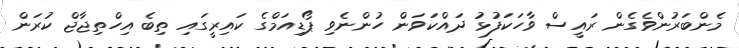
މެންބަރުންވެގެން ރައީސް ވާހަކަފުޅު ދައްކަވަން ހުންނެވި ޕޯޑިއަމްގެ ކައިރީގައި ތިބެ އިހްތިޖާޖް ކުރަން